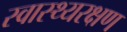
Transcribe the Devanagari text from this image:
स्वास्थ्यरक्षण